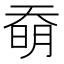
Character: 奣